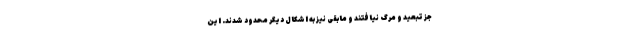
جز تبعید و مرگ نیافتند و مابقی نیز به‌ اشکال دیگر محدود شدند. این